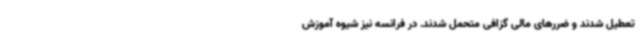
تعطیل شدند و ضررهای مالی گزافی متحمل شدند. در فرانسه نیز شیوه آموزش